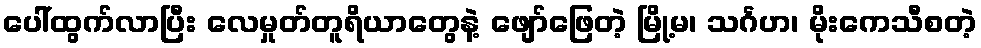
ပေါ်ထွက်လာပြီး လေမှုတ်တူရိယာတွေနဲ့ ဖျော်ဖြေတဲ့ မြို့မ၊ သင်္ဂဟ၊ မိုးကေသီစတဲ့